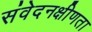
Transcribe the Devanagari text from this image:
संवेदनक्षीणता